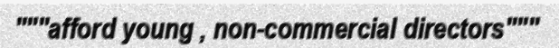
"""afford young , non-commercial directors"""